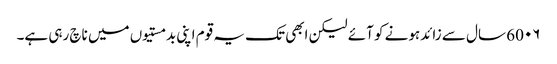
60۰۶ سال سے زائدہونے کو آئے لیکن ابھی تک یہ قوم اپنی بدمستیوں میں ناچ رہی ہے۔